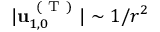
\vert \mathbf { u } _ { 1 , 0 } ^ { \mathrm { ~ ( ~ T ~ ) ~ } } \vert \sim 1 / r ^ { 2 }